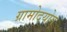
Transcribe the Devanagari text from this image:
ग्रामोदयोग